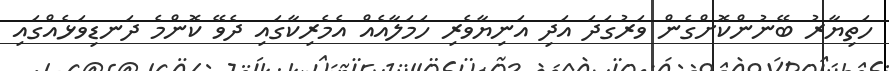
ހަތިޔާރު ބޭނުންކޮށްގެން ވަރުގަދަ އަދި އަނިޔާވެރި ހަމަލާއެއް އެމެރިކާގައި ދެވޭ ކޮންމެ ދަނޑިވަޅެއްގައި